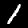
Label: 1